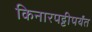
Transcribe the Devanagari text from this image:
किनारपट्टीपर्यंत